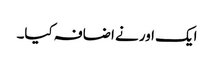
ایک اور نے اضافہ کیا۔